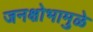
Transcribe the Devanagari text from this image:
जनक्षोभामुळे